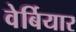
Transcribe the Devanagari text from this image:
वेर्बियार